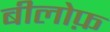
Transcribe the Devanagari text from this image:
बीलोफ़